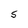
Character: 5